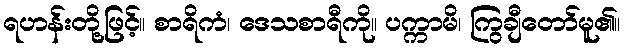
ရဟန်းတို့ဖြင့်။ စာရိကံ၊ ဒေသစာရီကို။ ပက္ကာမိ၊ ကြွချီတော်မူ၏။